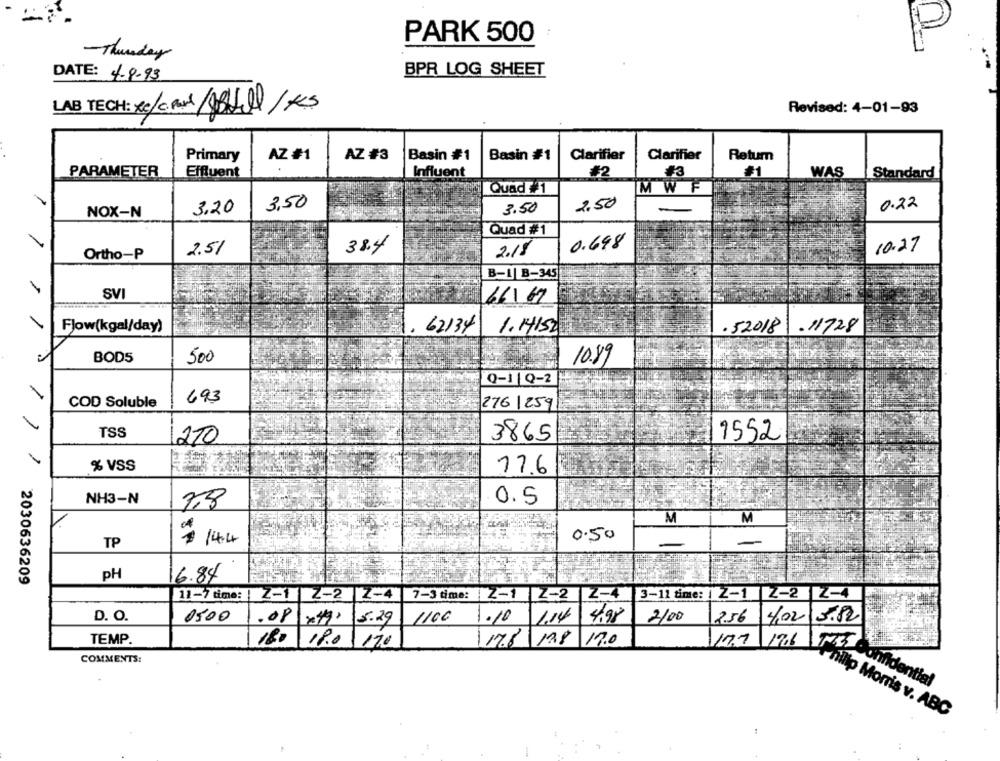
PARK 500
P
-Thursday
BPR LOG SHEET
DATE: 4-9.93
LAB TECH: * c/C.R/ABtill /KS
Revised: 4-01-93
Primary
AZ #1
AZ #3
Basin #1
Basin #1
Clarifier
Clarifier
Retum
PARAMETER
Effluent
Influent
#2
#1
WAS
Standard
Quad #1
MWF
3,50
2.50
0.22
NOX-N
3.20
3.50
-
Quad #1
0.698
2.51
38.4
10.27
Ortho-P
2.18
B-1| B-345
SVI
66167
-
Flow(kgal/day)
62134
.11728
1.14152
. 52018
500
10.89
BOD5
Q-1|Q-2
-
/
693
276 1259
COD Soluble
-
TSS
210
3865
1552
% VSS
17.6
NH3-N
0.5
M
M
$ 14.4
0.50
TP
-
PH
6.84
/ 2030636209
11-7 time: !
Z-1 2-2 Z-4
7-3 time: 2-1 2-2 2-4 3-11 time: | 2-1 2-2 2-4
D. O.
0500
.08 ×49, 5.29
1106
1.10
1.14
4.98
2100
2.56
4.02 3.12
TEMP.
180 19.0 170
178 178 170
17.1 1966
COMMENTS:
Tunidential
nillp Morris v. ABC